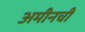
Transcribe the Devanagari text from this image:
अमीनची